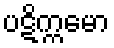
ပဋိက္ကမော